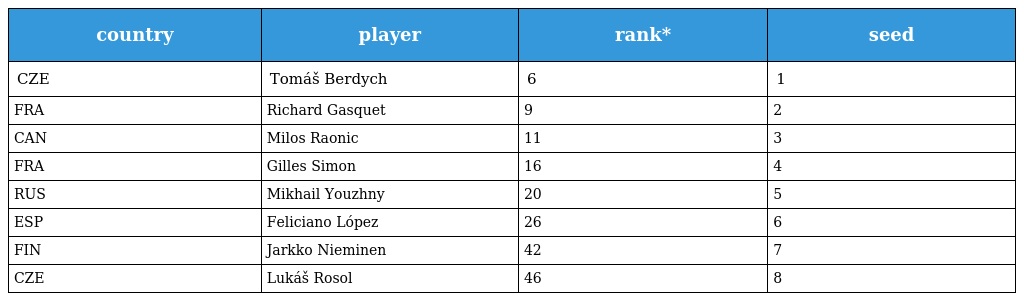
| country | player | rank* | seed |
 | --- | --- | --- | --- |
 | CZE | Tomáš Berdych | 6 | 1 |
 | FRA | Richard Gasquet | 9 | 2 |
 | CAN | Milos Raonic | 11 | 3 |
 | FRA | Gilles Simon | 16 | 4 |
 | RUS | Mikhail Youzhny | 20 | 5 |
 | ESP | Feliciano López | 26 | 6 |
 | FIN | Jarkko Nieminen | 42 | 7 |
 | CZE | Lukáš Rosol | 46 | 8 |